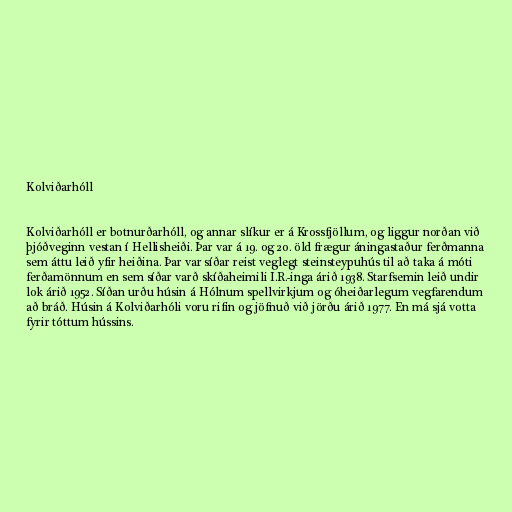
Kolviðarhóll

Kolviðarhóll er botnurðarhóll, og annar slíkur er á Krossfjöllum, og liggur norðan við
þjóðveginn vestan í Hellisheiði. Þar var á 19. og 20. öld frægur áningastaður ferðmanna
sem áttu leið yfir heiðina. Þar var síðar reist veglegt steinsteypuhús til að taka á móti
ferðamönnum en sem síðar varð skíðaheimili I.R.-inga árið 1938. Starfsemin leið undir
lok árið 1952. Síðan urðu húsin á Hólnum spellvirkjum og óheiðarlegum vegfarendum
að bráð. Húsin á Kolviðarhóli voru rifin og jöfnuð við jörðu árið 1977. En má sjá votta
fyrir tóttum hússins.